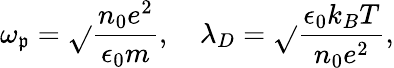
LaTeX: \omega_{\mathfrak{p}}=\sqrt{}{{\frac{{n_{0}e^{2}}}{{\epsilon_{0}m}}}},\ \ \ \ \lambda_{D}=\sqrt{}{{\frac{{\epsilon_{0}k_{B}T}}{{n_{0}e^{2}}}}},